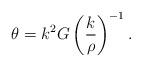
LaTeX: \begin{align*} \theta=k^2G\left(\frac{k}{\rho}\right)^{-1}.\end{align*}